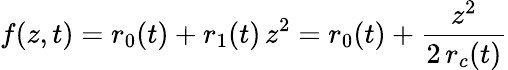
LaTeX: f(z,t)=r_{0}(t)+r_{1}(t)\, z^{2}=r_{0}(t)+\frac{z^{2}}{2\, r_{c}(t)}